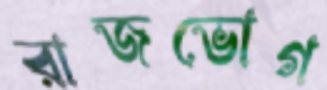
রাজভোগ